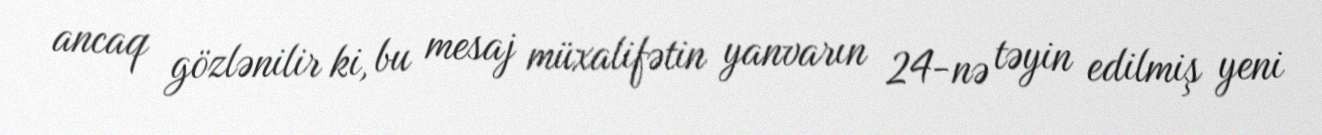
ancaq gözlənilir ki, bu mesaj müxalifətin yanvarın 24-nə təyin edilmiş yeni